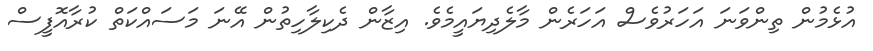
އުޅެމުން ތިންވަނަ އަހަރުވެސް އަހަރެން މާލެދިޔައީމެވެ. އިޒާން ދެކިލާހިތުން އޭނަ މަސައްކަތް ކުރާއޮފީސް